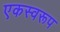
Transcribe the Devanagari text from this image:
एकस्वरूप